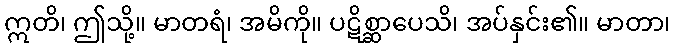
ဣတိ၊ ဤသို့။ မာတရံ၊ အမိကို။ ပဋိစ္ဆာပေသိ၊ အပ်နှင်း၏။ မာတာ၊